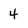
Character: 4